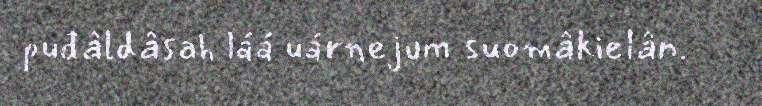
puđâldâsah láá uárnejum suomâkielân.